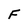
Character: F